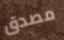
مصدق